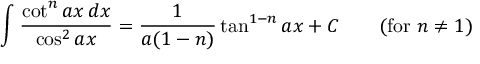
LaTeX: \int { \frac { \cot ^ { n } a x \, d x } { \cos ^ { 2 } a x } } = { \frac { 1 } { a ( 1 - n ) } } \tan ^ { 1 - n } a x + C \qquad { \mathrm { ( f o r ~ } } n \neq 1 { \mathrm { ) } }